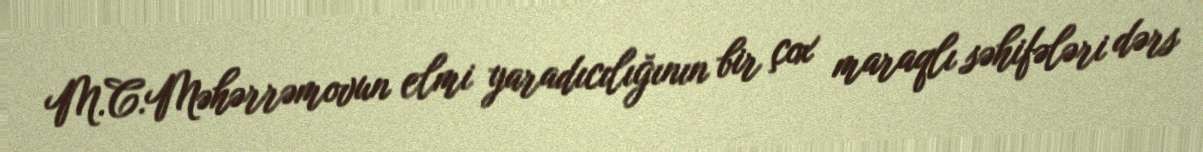
M.C.Məhərrəmovun elmi yaradıcılığının bir çox maraqlı səhifələri dərs